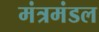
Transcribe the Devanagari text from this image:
मंत्रमंडल